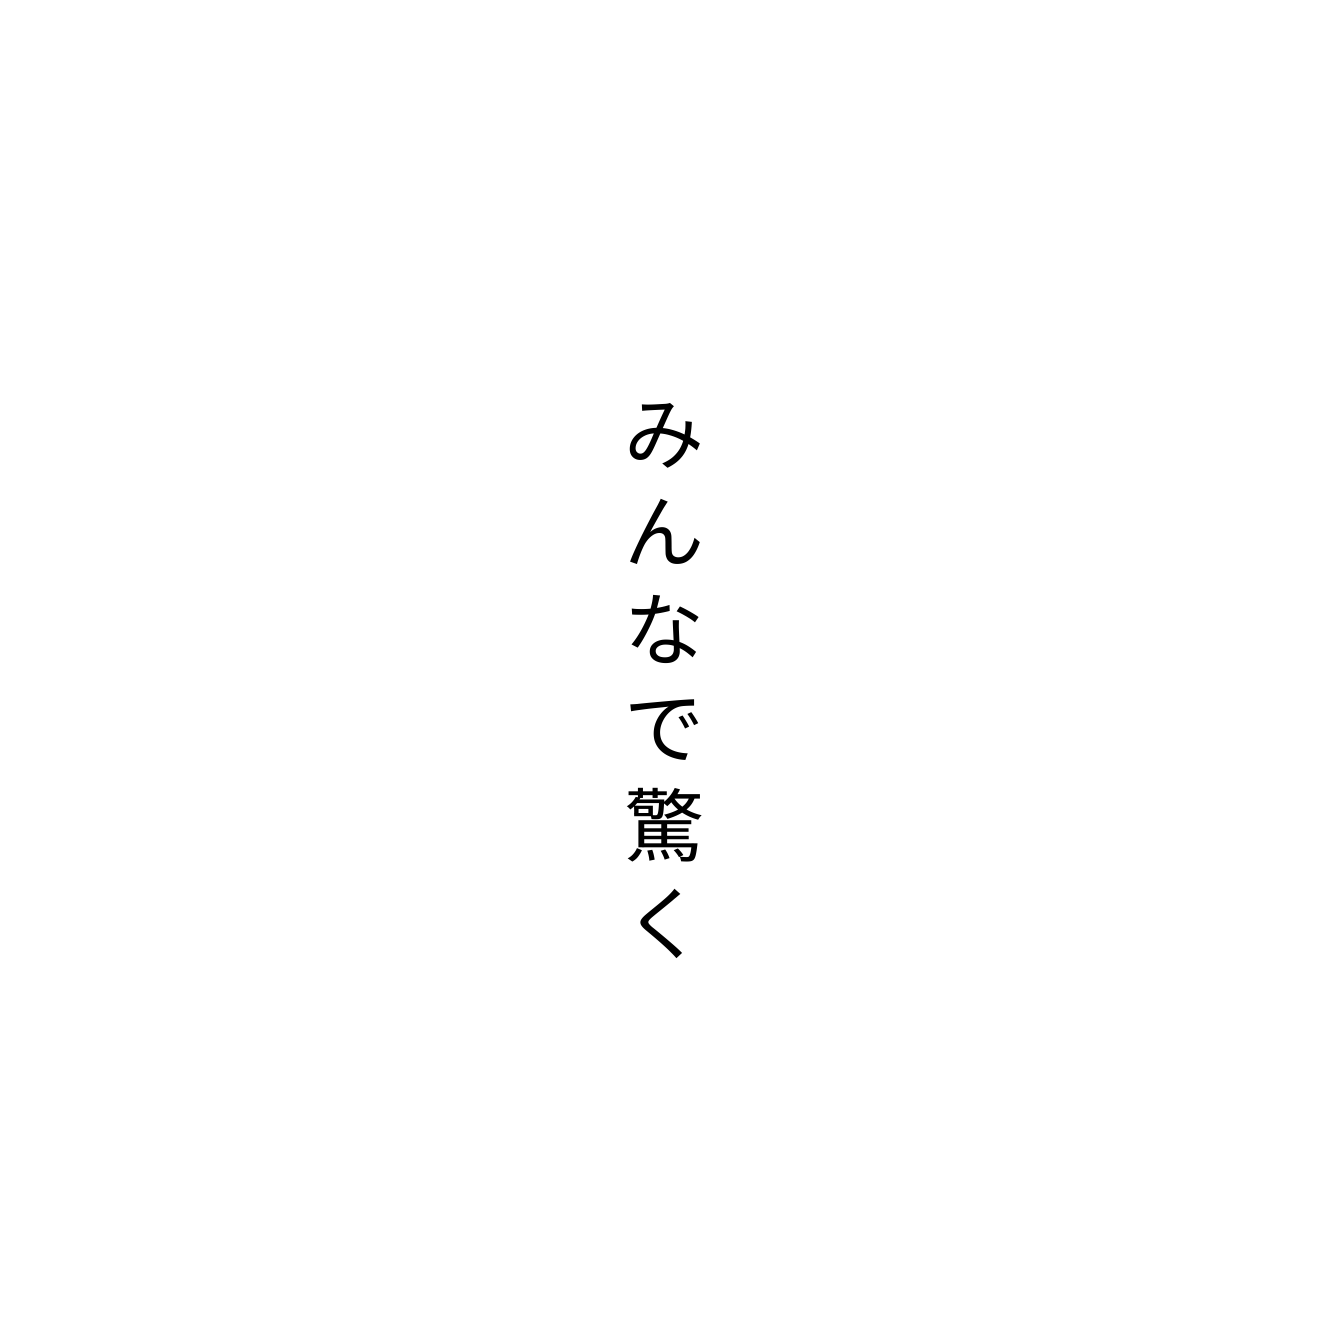
みんなで驚く